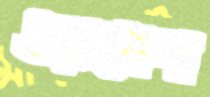
ওয়াসেদা